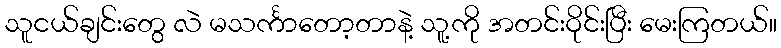
သူငယ်ချင်းတွေ လဲ မသင်္ကာတော့တာနဲ့ သူ့ကို အတင်းဝိုင်းပြီး မေးကြတယ်။